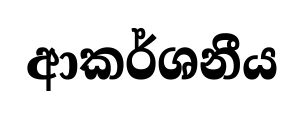
ආකර්ශනීය